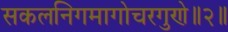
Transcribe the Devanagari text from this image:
सकलनिगमागोचरगुणे॥२॥